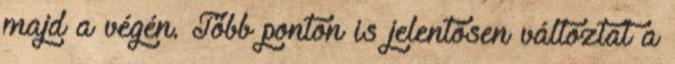
majd a végén. Több ponton is jelentősen változtat a